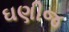
ઘણીજ